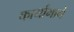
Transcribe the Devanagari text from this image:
कार्यांमागे